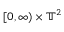
[ 0 , \infty ) \times \ensuremath { \mathbb { T } } ^ { 2 }